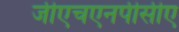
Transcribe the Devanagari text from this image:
जीएचएनपीसीए